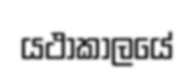
යථාකාලයේ